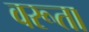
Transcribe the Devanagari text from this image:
वरूता